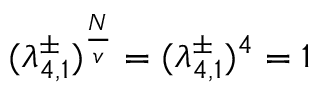
( \lambda _ { 4 , 1 } ^ { \pm } ) ^ { \frac { N } { v } } = ( \lambda _ { 4 , 1 } ^ { \pm } ) ^ { 4 } = 1